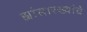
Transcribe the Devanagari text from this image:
ह्यांसारख्यांचे